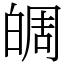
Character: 皗